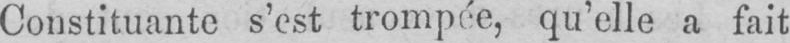
Constituante s’est trompée, qu’elle a fait